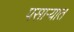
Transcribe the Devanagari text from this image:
पसाऱ्यात